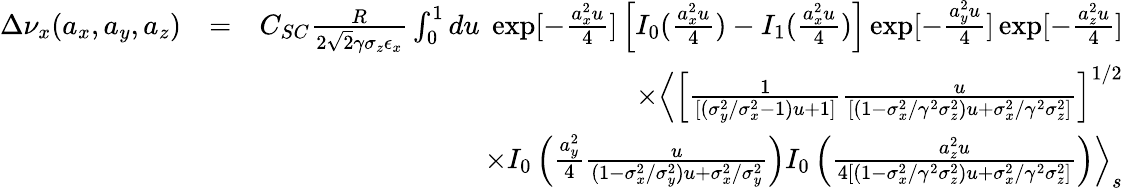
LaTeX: \begin{array}{rlr}{\Delta\nu_{x}(a_{x},a_{y},a_{z})}&{=}&{C_{SC}\frac{R}{2\sqrt{2}\gamma\sigma_{z}\epsilon_{x}}\int_{0}^{1}du\; \exp[-\frac{a_{x}^{2}u}{4}]\left[I_{0}(\frac{a_{x}^{2}u}{4})-I_{1}(\frac{a_{x}^{2}u}{4})\right]\exp[-\frac{a_{y}^{2}u}{4}]\exp[-\frac{a_{z}^{2}u}{4}]}\\ &{}&{\times\Big\langle\left[\frac{1}{[(\sigma_{y}^{2}/\sigma_{x}^{2}-1)u+1]}\frac{u}{[(1-\sigma_{x}^{2}/\gamma^{2}\sigma_{z}^{2})u+\sigma_{x}^{2}/\gamma^{2}\sigma_{z}^{2}]}\right]^{1/2}}\\ &{}&{\times I_{0}\left(\frac{a_{y}^{2}}{4}\frac{u}{(1-\sigma_{x}^{2}/\sigma_{y}^{2})u+\sigma_{x}^{2}/\sigma_{y}^{2}}\right)I_{0}\left(\frac{a_{z}^{2}u}{4[(1-\sigma_{x}^{2}/\gamma^{2}\sigma_{z}^{2})u+\sigma_{x}^{2}/\gamma^{2}\sigma_{z}^{2}]}\right)\Big\rangle_{s}}\end{array}